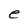
Character: e